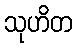
သုဟိတ